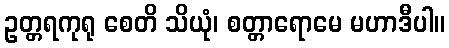
ဥတ္တရကုရု စေတိ သိယုံ၊ စတ္တာရောမေ မဟာဒီပါ။